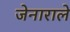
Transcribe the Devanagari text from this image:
जेनाराले